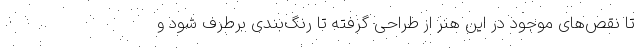
تا نقص‌های موجود در این هنر از طراحی گرفته تا رنگ‌بندی برطرف شود و